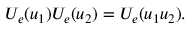
U _ { e } ( u _ { 1 } ) U _ { e } ( u _ { 2 } ) = U _ { e } ( u _ { 1 } u _ { 2 } ) .